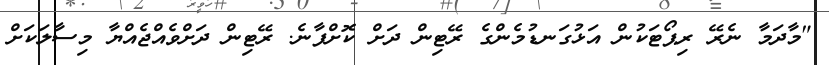
"މާދަމާ ނެރޭ ރިޕޯޓަކުން އަޅުގަނޑުމެންގެ ރޭޓިން ދަށް ކޮށްފާނެ. ރޭޓިން ދަށްވެއްޖެއްޔާ މިސާލަކަށް